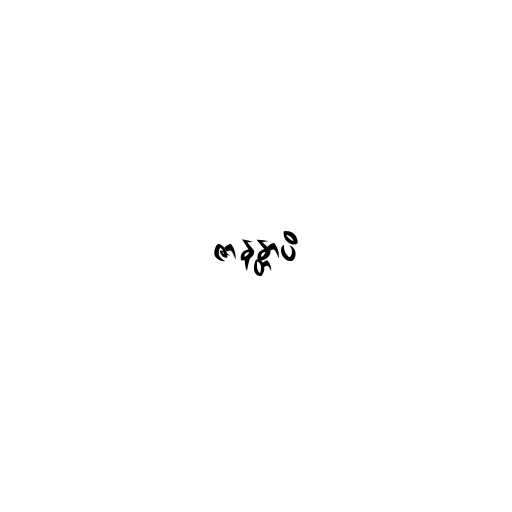
ဇာနန္တာပိ